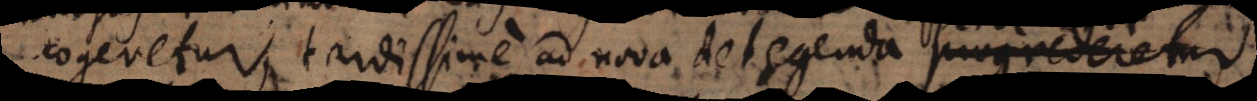
cogeretur, tardissime ad nova detegenda progrederetur;;